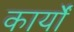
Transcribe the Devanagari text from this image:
कार्योंं